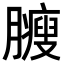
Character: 𦢝